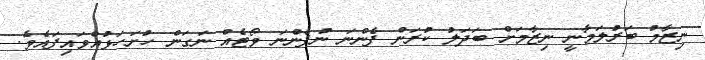
ނިޒާމު ބަރުލަމާނީ ނިޒާމަށް ބަދަލު ކުރަން ފެންނަ ނުފެންނަ ވޯޓެއް ނަގަން ހުށަހަޅުއްވައިފައެވެ.